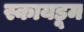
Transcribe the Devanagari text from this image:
स्कायडूम